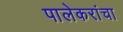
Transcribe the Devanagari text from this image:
पालेकरांचा